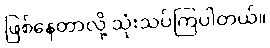
ဖြစ်နေတာလို့ သုံးသပ်ကြပါတယ်။